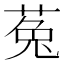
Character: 菟